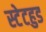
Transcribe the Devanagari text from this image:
स्टेटहुड